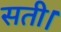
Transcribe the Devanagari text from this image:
सती।